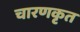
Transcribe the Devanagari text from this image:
चारणकृत